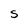
Character: S